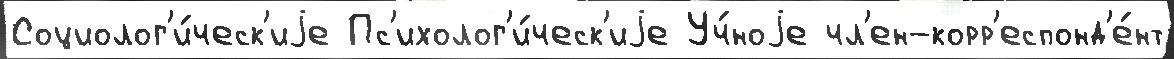
Социолог'и́ческ'иjе Пс'ихолог'и́ческ'иjе Уч́ноjе чл'ен-корр'еспонд'е́нт